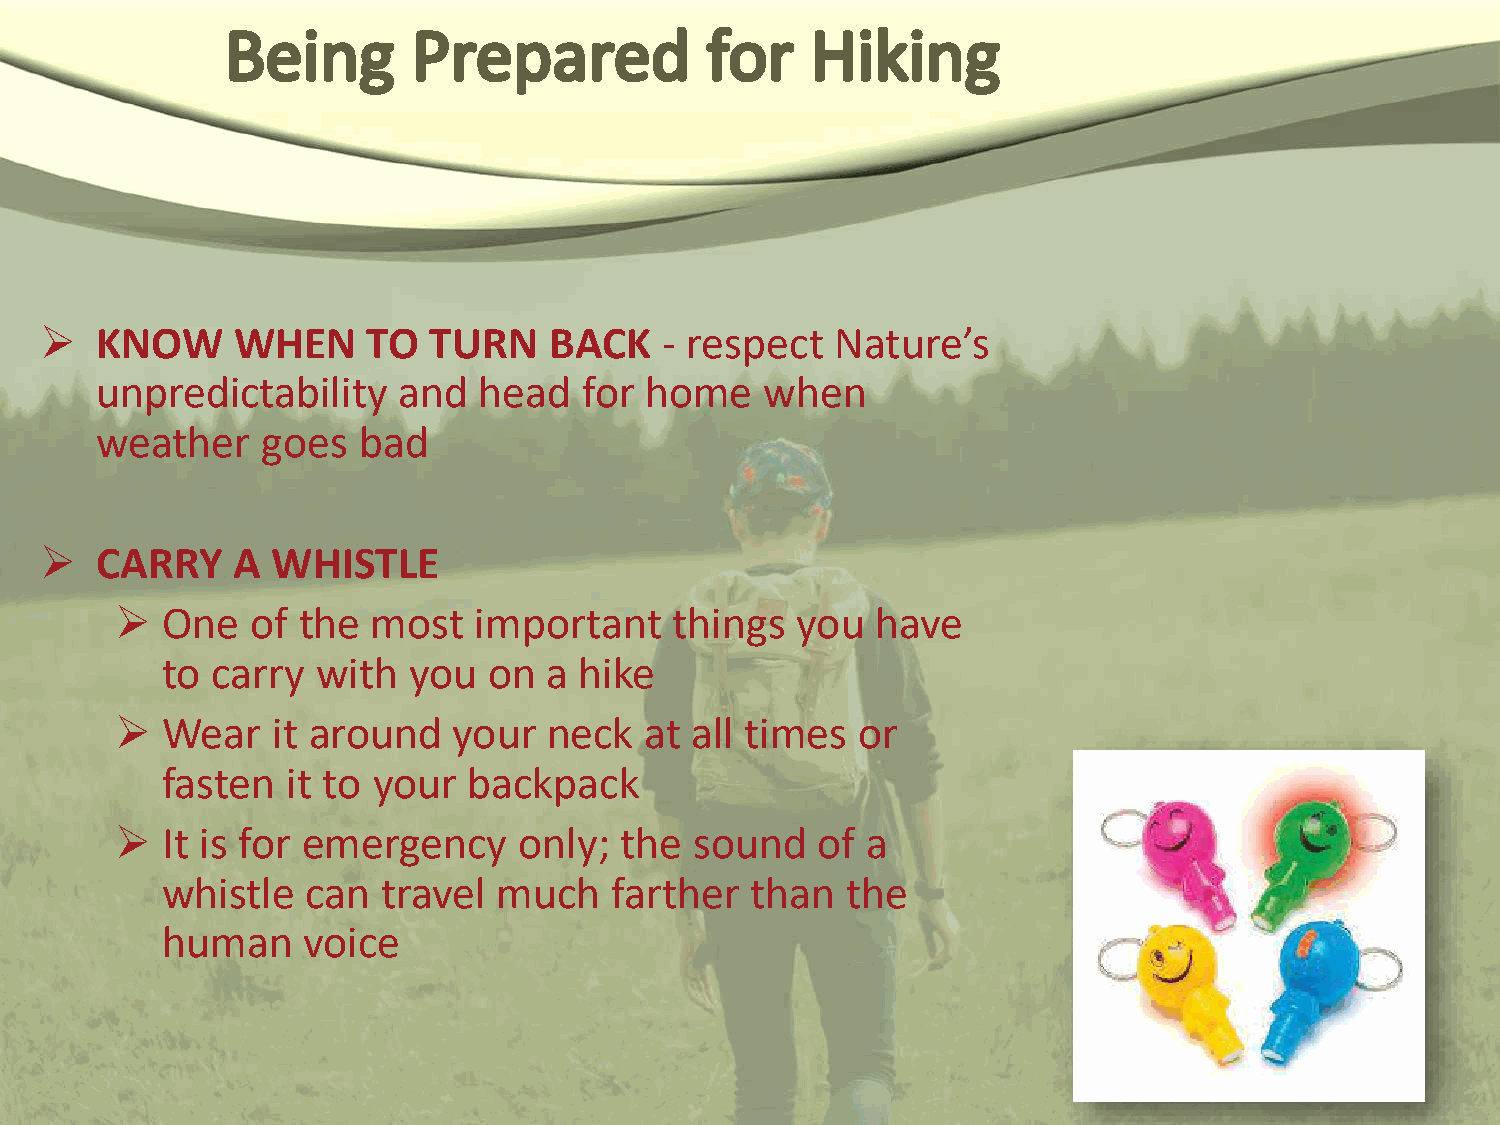
  KNOW     WHEN     TO  TURN    BACK    - respect  Nature’s
 unpredictability    and   head   for home    when
 weather    goes   bad
   CARRY    A  WHISTLE
   One   of the  most  important     things  you  have
 to carry  with  you  on  a hike
   Wear   it around   your  neck   at all times  or
 fasten  it to your  backpack
   It is for emergency    only;  the  sound   of a
 whistle  can  travel  much   farther   than  the
 human    voice